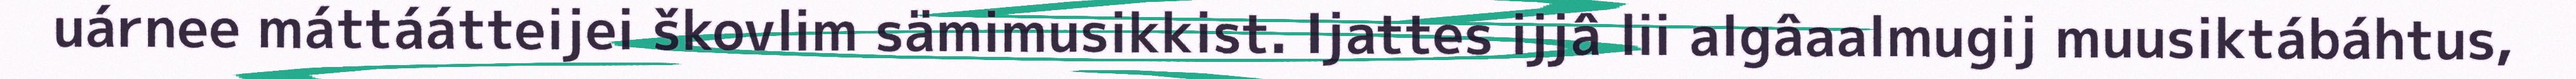
uárnee máttáátteijei škovlim sämimusikkist. Ijattes ijjâ lii algâaalmugij muusiktábáhtus,